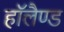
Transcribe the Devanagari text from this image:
हाॅलैण्ड